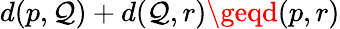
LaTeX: d(p,\mathcal{Q})+d(\mathcal{Q},r)\geqd(p,r)